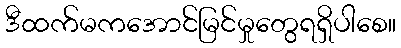
ဒီထက်မကအောင်မြင်မှုတွေရရှိပါစေ။